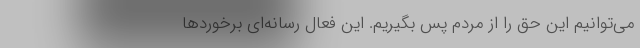
می‌توانیم این حق را از مردم پس بگیریم. این فعال رسانه‌ای برخوردها